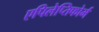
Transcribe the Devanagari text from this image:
एपिलेप्तिफोर्म